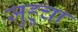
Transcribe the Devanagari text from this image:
जुहूचा